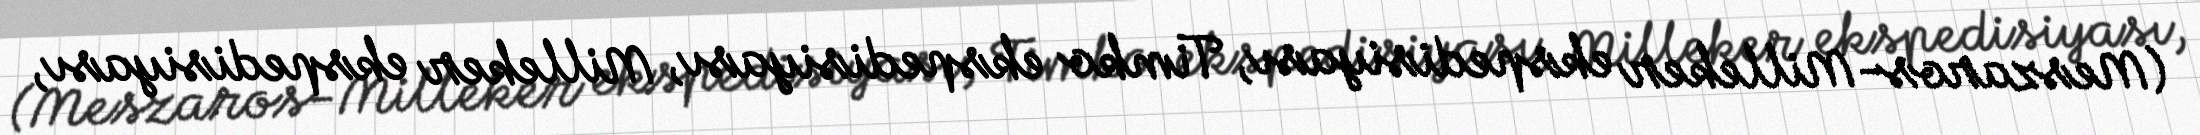
(Meszaros-Milleker ekspedisiyası, Timko ekspedisiyası, Milleker ekspedisiyası,